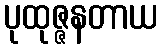
ပုထုဇ္ဇနတာယ